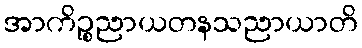
အာကိဉ္စညာယတနသညာယာတိ